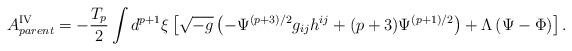
LaTeX: \begin{align*}A^{{\rm IV}}_{parent}=-\frac{T_p}{2}\int d^{p+1}{\xi}\left[\sqrt{-g}\left(-{\Psi}^{(p+3)/2}g_{ij}h^{ij}+(p+3){\Psi}^{(p+1)/2}\right)+{\Lambda}\left({\Psi}-{\Phi}\right)\right].\end{align*}